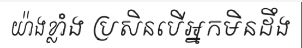
យ៉ាងខ្លាំង ប្រសិនបើអ្នកមិនដឹង